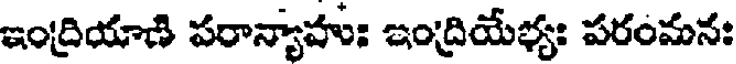
ఇంద్రియాణి పరాన్యాహుః ఇంద్రియేభ్యః పరంమనః